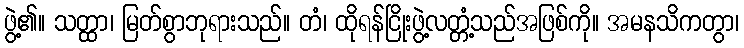
ဖွဲ့၏။ သတ္ထာ၊ မြတ်စွာဘုရားသည်။ တံ၊ ထိုရန်ငြိုးဖွဲ့လတ္တံ့သည်အဖြစ်ကို။ အမနသိကတွာ၊